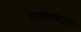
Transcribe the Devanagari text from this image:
मलकवाल